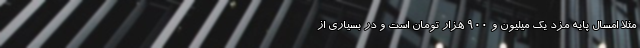
مثلاً امسال پایه مزد یک میلیون و ۹۰۰ هزار تومان است و در بسیاری از